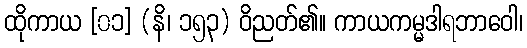
ထိုကာယ [၀၁] (နိ၊ ၁၅၃) ဝိညတ်၏။ ကာယကမ္မဒါရဘာဝေါ၊